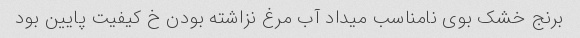
برنج خشک بوی نامناسب میداد آب مرغ نزاشته بودن خ کیفیت پایین بود